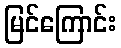
မြင်ကြောင်း